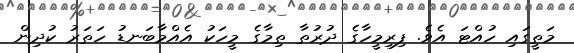
މަތީގައި ހުއްޓަ އެވެ. ފިރިމީހާގެ ދުރުތާ ތިމާގެ މީހަކު އެއްމާބަނޑު ހަތަރު ކުދިން